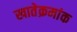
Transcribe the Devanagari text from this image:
खातेक्रमांक